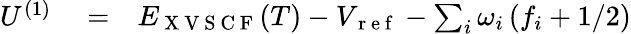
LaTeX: \begin{array}{rlr}{U^{(1)}}&{{}=}&{E_{\mathrm{~X~V~S~C~F~}}(T)-V_{\mathrm{~r~e~f~}}-\sum_{i}{\omega}_{i}\left(f_{i}+{1}/{2}\right)}\end{array}